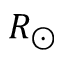
R _ { \odot }